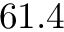
6 1 . 4